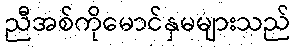
ညီအစ်ကိုမောင်နှမများသည်